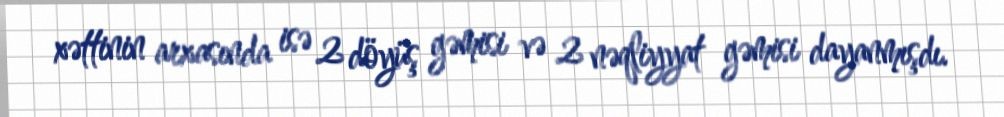
xəttinin arxasında isə 2 döyüş gəmisi və 2 nəqliyyat gəmisi dayanmışdı.